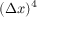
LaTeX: ( \Delta x ) ^ { 4 }